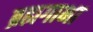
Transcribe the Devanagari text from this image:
ब्रह्यगाभा